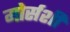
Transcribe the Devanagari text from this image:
मोर्सशी